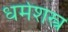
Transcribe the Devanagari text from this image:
धर्मशस्त्र